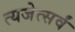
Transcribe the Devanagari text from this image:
त्यजेत्सर्वं